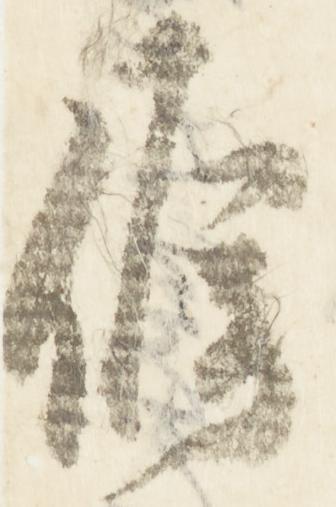
候